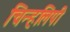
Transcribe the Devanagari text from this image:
चिन्हलिपी